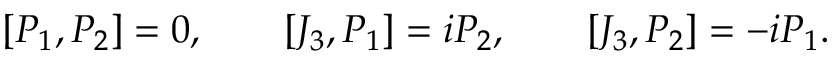
[ P _ { 1 } , P _ { 2 } ] = 0 , \qquad [ J _ { 3 } , P _ { 1 } ] = i P _ { 2 } , \qquad [ J _ { 3 } , P _ { 2 } ] = - i P _ { 1 } .